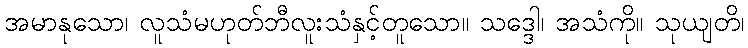
အမာနုသော၊ လူသံမဟုတ်ဘီလူးသံနှင့်တူသော။ သဒ္ဒေါ၊ အသံကို။ သုယျတိ၊